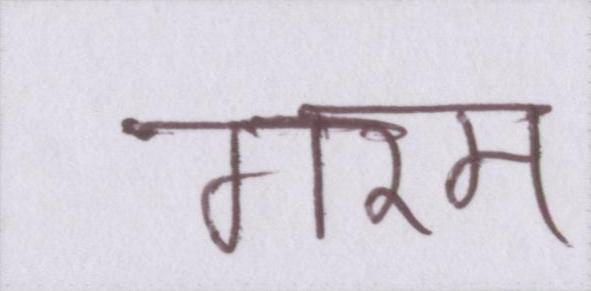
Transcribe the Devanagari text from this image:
गरम